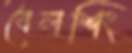
বৈলশিং